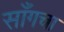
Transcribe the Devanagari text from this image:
साँगचा